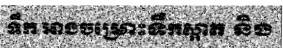
ទឹក អាងចម្រោះទឹកស្អាត និង